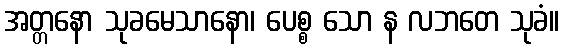
အတ္တနော သုခမေသာနော၊ ပေစ္စ သော န လဘတေ သုခံ။